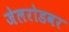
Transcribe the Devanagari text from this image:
जेलरोडवर